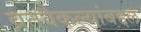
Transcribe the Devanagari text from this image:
व्रतवैकल्यांबद्दल